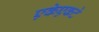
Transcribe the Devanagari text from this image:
एकेएकटे